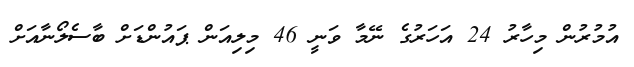
އުމުރުން މިހާރު 24 އަހަރުގެ ނޭމާ ވަނީ 46 މިލިއަން ޕައުންޑަށް ބާސެލޯނާއަށް